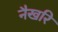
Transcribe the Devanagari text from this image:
नैखरि